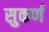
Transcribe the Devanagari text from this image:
सुकर्ण